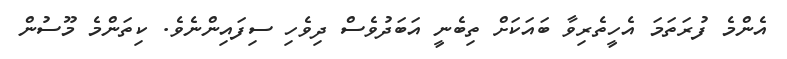
އެންމެ ފުރަތަމަ އެހީތެރިވާ ބައަކަށް ތިބެނީ އަބަދުވެސް ދިވެހި ސިފައިންނެވެ. ކިތަންމެ މޫސުން